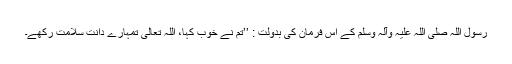
رسول اللہ صلی اللہ علیہ وآلہ وسلم کے اس فرمان کی بدولت : ’’تم نے خوب کہا، اللہ تعالیٰ تمہارے دانت سلامت رکھے۔